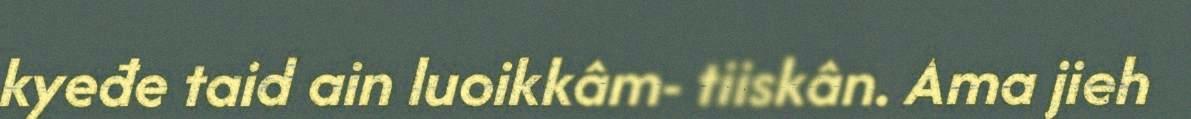
kyeđe taid ain luoikkâm- tiiskân. Ama jieh